Civil Veterinary Department Bengal reports 1923-33 - 1923-1933
Year: 1923
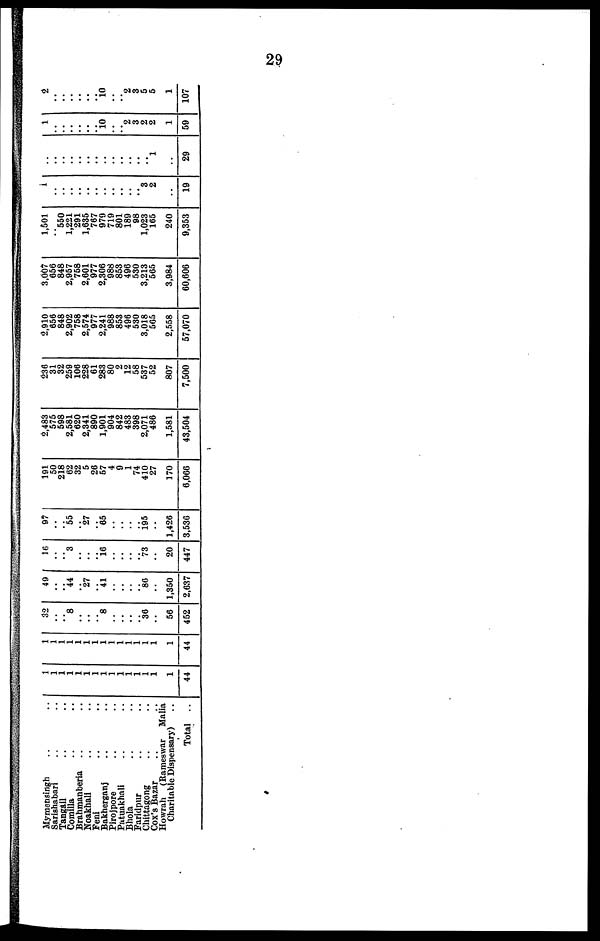
29
Mymensingh .. ..
Sarishabari .. ..
Tangail .. ..
Comilla .. ..
Brahmanberia .. ..
Noakhali .. ..
Feni .. ..
Bakherganj .. ..
Pirojpore .. ..
Patnakhali .. ..
Bhola .. ..
Faridpur .. ..
Chittagong .. ..
Cox's Bazar .. ..
Howrah (Rameswar Malia
Charitable Dispensary) ..
Total
..
1
1
1
1
1
1
1
1
1
1
1
1
1
1
1
44
1
1
1
1
1
1
1
1
1
1
1
1
1
1
1
44
32
..
..
8
..
..
..
8
..
..
..
..
36
..
56
452
49
..
..
44
27
..
41
..
..
..
..
86
..
1,350
2,637
16
..
..
3
..
..
..
16
..
..
..
..
73
..
20
447
97
..
..
55
..
27
..
65
..
..
..
..
195
..
1,426
3,536
191
50
218
62
32
5
26
57
4
9
1
74
410
27
170
6,066
2,483
575
598
2,581
620
2,341
890
1,901
904
842
483
398
2,071
486
1,581
43,504
236
31
32
259
106
228
61
283
80
2
12
58
537
52
807
7,500
2,910
656
848
2,902
758
2,574
977
2,241
988
853
496
530
3,018
565
2,558
57,070
3,007
656
848
2,957
758
2,601
977
2,306
988
853
496
530
3,213
565
3,984
60,606
1,501
..
550
1,221
291
1,635
767
979
719
801
189
98
1,023
165
240
9,353
1
..
..
..
..
..
..
..
..
..
..
..
3
2
19
..
..
..
..
..
..
..
..
..
..
..
..
..
1
..
29
1
..
..
..
..
..
..
10
..
..
2
3
2
2
1
59
2
..
..
..
..
..
..
10
..
..
2
3
5
5
1
107